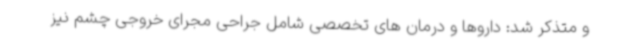
و متذکر شد: داروها و درمان های تخصصی شامل جراحی مجرای خروجی چشم نیز